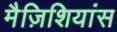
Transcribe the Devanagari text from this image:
मैज़िशियांस